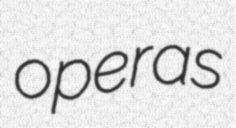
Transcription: operas